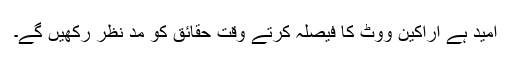
امید ہے اراکین ووٹ کا فیصلہ کرتے وقت حقائق کو مد نظر رکھیں گے۔